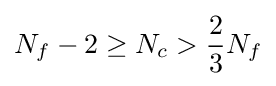
N_{f}-2\geq N_{c}>{\frac {2}{3}}N_{f}